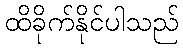
ထိခိုက်နိုင်ပါသည်